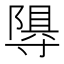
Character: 𭔽